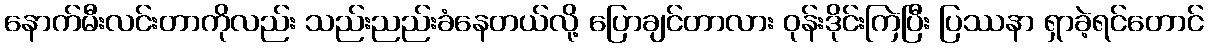
နောက်မီးလင်းတာကိုလည်း သည်းညည်းခံနေတယ်လို့ ပြောချင်တာလား ဝုန်းဒိုင်းကြဲပြီး ပြဿနာ ရှာခဲ့ရင်တောင်